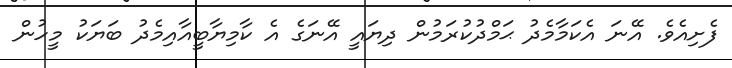
ފެށިއެވެ. އޭނަ އެކަމާމެދު ޙަމްދުކުރަމުން ދިޔައީ އޭނަގެ އެ ކާމިޔާބީއާއިމެދު ބަޔަކު މީހުން